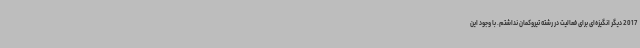
2017 دیگر انگیزه‌ای برای فعالیت در رشته تیروکمان نداشتم. با وجود این